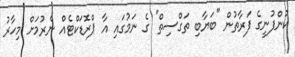
ކުންފުނީގެ ފަރާތުން "ބަޔާބި ތަގްސިތް" ގެ ނަމުގައި އާ ޕްރޮޑަކްޓެއް ނެރުމަށް މިހާރު